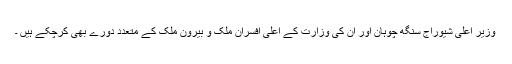
وزیر اعلیٰ شیوراج سنگھ چوہان اور ان کی وزارت کے اعلیٰ افسران ملک و بیرون ملک کے متعدد دورے بھی کرچکے ہیں ۔